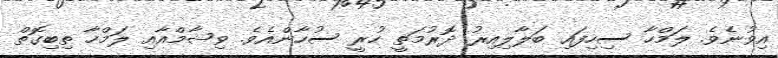
އިވުނެވެ. ލަމްހާ ސިހިފައި ބަލާލިއިރު ދޮރުމަތީ ހުރީ ސުހާންއެވެ. ވިޝާމްއާއި ލަމްހާ ތިބިގޮތް